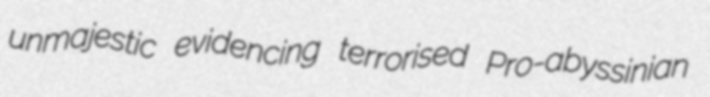
unmajestic evidencing terrorised Pro-abyssinian